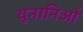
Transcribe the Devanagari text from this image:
यूनानिओं